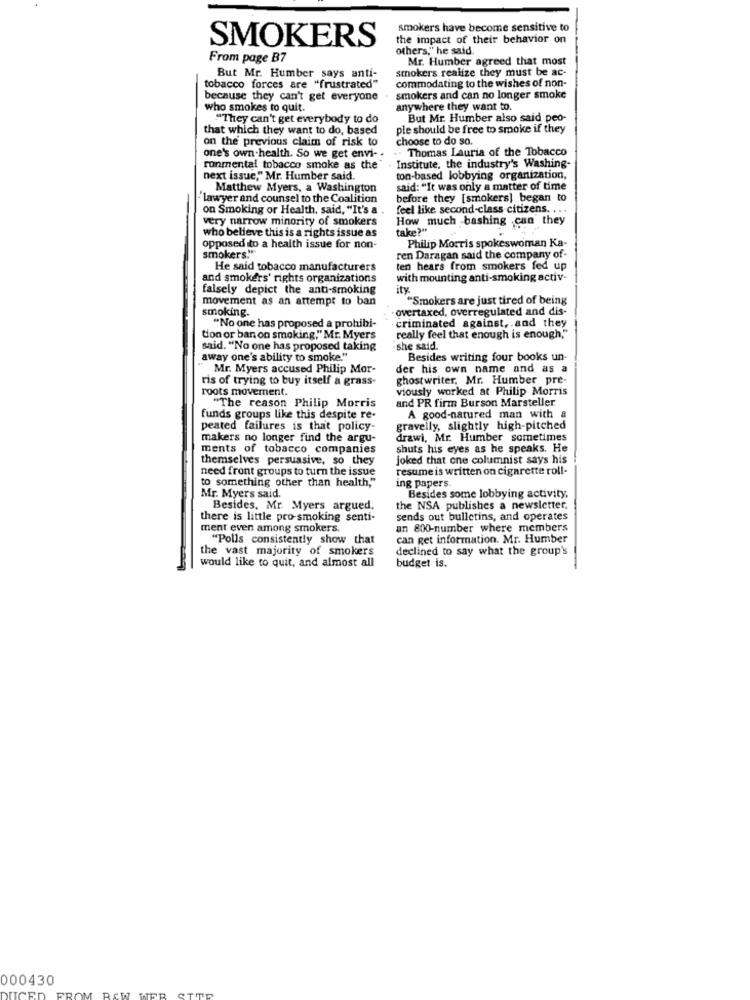
smokers have become sensitive to
the impact of their behavior on
SMOKERS
others," he said.
From page B7
Mr. Humber agreed that most
smokers realize they must be ac-
But Mr. Humber says anti-
commodating to the wishes of non-
tobacco forces are "frustrated"
because they can't get everyone
smokers and can no longer smoke
who smokes to quit.
anywhere they want to.
""They can't get everybody to do
But Mr. Humber also said peo-
that which they want to do, based
ple should be free to smoke if they
on the previous claim of risk to
choose to do so.
Thomas Lauria of the Tobacco
one's own-health. So we get envi- .
ronmental tobacco smoke as the
Institute, the industry's Washing-
next issue," Mr. Humber said.
ton-based lobbying organization,
Matthew Myers, a Washington
said: "It was only a matter of time
"lawyer and counsel to the Coalition
before they [smokers] began to
on Smoking or Health, said, "It's a
feel like second-class citizens. ...
very narrow minority of smokers
How much -bashing .can they
who believe this is a rights issue as
take?"
opposed to a health issue for non-
smokers.""
Philip Morris spokeswoman Ka-
ren Daragan said the company of-
He said tobacco manufacturers
ten hears from smokers fed up
and smokers' rights organizations
with mounting anti-smoking activ-
falsely depict the anti-smoking
ity.
movement as an attempt to ban
"Smokers are just tired of being
smoking.
· overtaxed, overregulated and dis-
"No one has proposed a prohibi-
criminated against, and they
tion or ban on smoking," Mr. Myers
really feel that enough is enough,"
said. "No one has proposed taking
-she said
away one's ability to smoke."
Besides writing four books un-
Mr. Myers accused Philip Mor-
der his own name and as a
ris of trying to buy itself a grass-
ghostwriter, Mr. Humber pre-
roots movement.
viously worked at Philip Morris
"The reason Philip Morris
and PR firm Burson Marsteller
funds groups like this despite re-
A good-natured man with
peated failures is that policy-
gravelly, slightly high-pitched
makers no longer find the argu-
drawi, Mr. Humber sometimes
ments of tobacco companies
shuts his eyes as he speaks. He
themselves persuasive, so they
joked that one columnist says his
need front groups to turn the issue
resume is written on cigarette roll-
to something other than health,"
ing papers.
Mr. Myers said.
Besides some lobbying activity,
Besides, Mr Myers argued,
the NSA publishes a newsletter,
there is little pro-smoking senti-
sends out bulletins, and operates
ment even among smokers.
an 800-number where members
"Polls consistently show that
can get information. Mr. Humber
the vast majority of smokers
declined to say what the group's
would like to quit, and almost all
budget is.
000430
DUCED